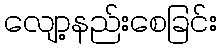
လျော့နည်းစေခြင်း